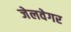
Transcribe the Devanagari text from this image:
जेलवेगर